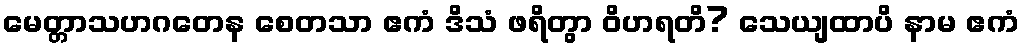
မေတ္တာသဟဂတေန စေတသာ ဧကံ ဒိသံ ဖရိတွာ ဝိဟရတိ? သေယျထာပိ နာမ ဧကံ